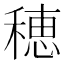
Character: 穂